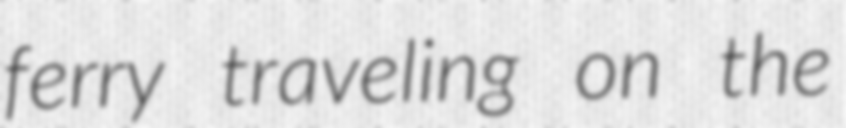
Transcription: ferry traveling on the